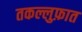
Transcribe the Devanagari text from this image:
तकल्लुफ़ात